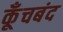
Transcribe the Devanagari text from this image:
कूँचबंद